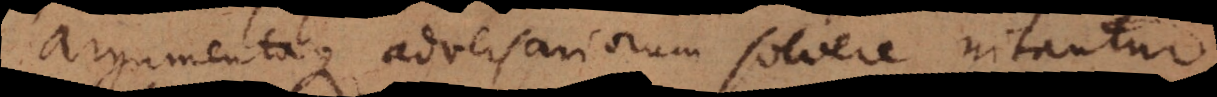
argumentaque adversariorum solvere nitantur.